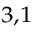
^ { 3 , 1 }